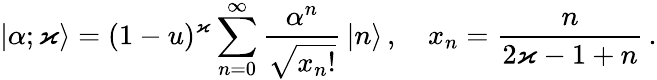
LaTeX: |\alpha;\varkappa\rangle=(1-u)^{\varkappa}\sum_{n=0}^{\infty}\frac{\alpha^{n}}{\sqrt{x_{n}!}}\, |n\rangle\, ,\quad x_{n}=\frac{n}{2\varkappa-1+n}\, .